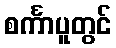
စင်္ကာပူတွင်